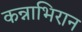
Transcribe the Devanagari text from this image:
कन्नाभिरान